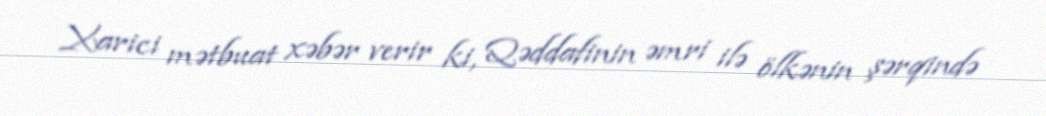
Xarici mətbuat xəbər verir ki, Qəddafinin əmri ilə ölkənin şərqində